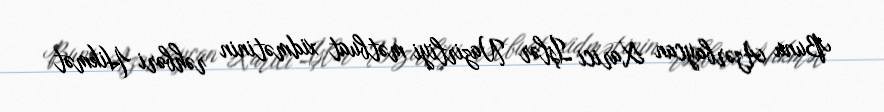
Bunu Azərbaycan Xarici İşlər Nazirliyi mətbuat xidmətinin rəhbəri Hikmət